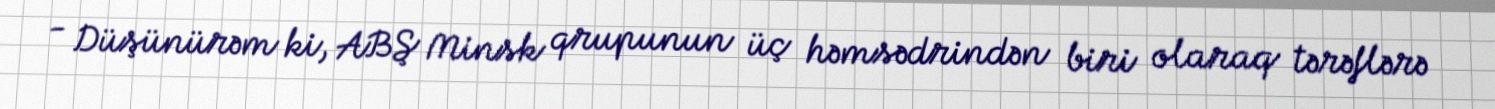
- Düşünürəm ki, ABŞ Minsk qrupunun üç həmsədrindən biri olaraq tərəflərə